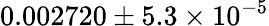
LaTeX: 0.002720\pm 5.3\times 10^{-5}